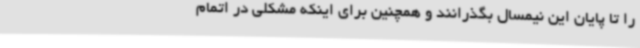
را تا پایان این نیمسال بگذرانند و همچنین برای اینکه مشکلی در اتمام